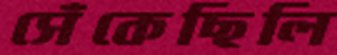
সেঁকেছিলি